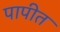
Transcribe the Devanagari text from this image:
पापीत